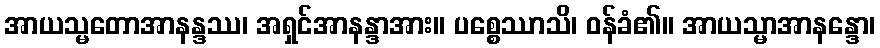
အာယသ္မတောအာနန္ဒဿ၊ အရှင်အာနန္ဒာအား။ ပစ္စေဿာသိ၊ ဝန်ခံ၏။ အာယသ္မာအာနန္ဒော၊